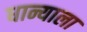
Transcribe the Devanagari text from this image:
धान्याला